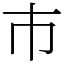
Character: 巿